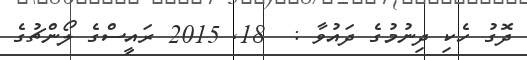
ދޮގު ހެކި ދިނުމުގެ ދައުވާ :  18